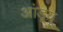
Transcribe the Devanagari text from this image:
आंड्र्यू